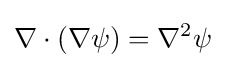
\nabla \cdot (\nabla \psi )=\nabla ^{2}\psi